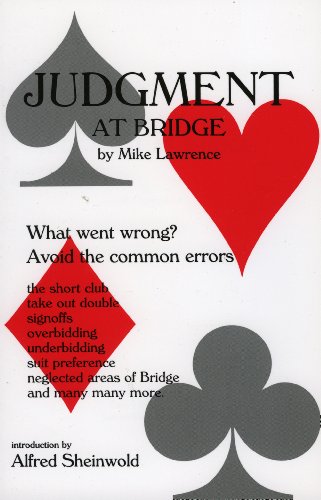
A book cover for Judgment at Bridge; Mike Lawrence; Humor & Entertainment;